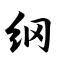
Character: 纲